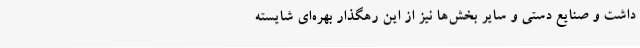
داشت و صنایع دستی و سایر بخش‌ها نیز از این رهگذار بهره‌ای شایسته